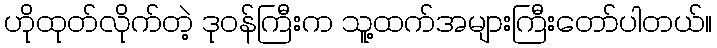
ဟိုထုတ်လိုက်တဲ့ ဒုဝန်ကြီးက သူ့ထက်အများကြီးတော်ပါတယ်။